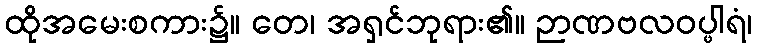
ထိုအမေးစကား၌။ တေ၊ အရှင်ဘုရား၏။ ဉာဏဗလဝပ္ဖါရံ၊